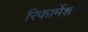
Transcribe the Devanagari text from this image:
रिफार्मेशन